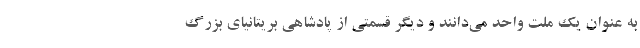
به عنوان یک ملت واحد می‌دانند و دیگر قسمتی از پادشاهی بریتانیای بزرگ